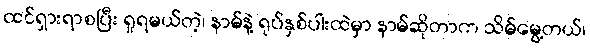
ထင်ရှားရာစပြီး ရှုရမယ်တဲ့၊ နာမ်နဲ့ ရုပ်နှစ်ပါးထဲမှာ နာမ်ဆိုတာက သိမ်မွေ့တယ်၊